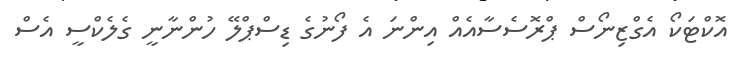
އޮކްޓަކޯ އެގްޒިނޯސް ޕްރޮސެސާއެއް އިންނަ އެ ފޯނުގެ ޑިސްޕްލޭ ހުންނާނީ ގެލެކްސީ އެސް